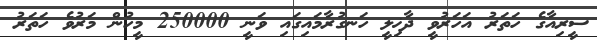
ސީރިއާގެ ހަތަރު އަހަރުވީ ދާޚިލީ ހަނގުރާމައިގައި ވަނީ 250000 މީހުން މަރުވެ ހަތަރު